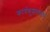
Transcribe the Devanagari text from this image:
कार्यकुशलताओं